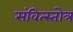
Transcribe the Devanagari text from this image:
संवित्स्तोत्र